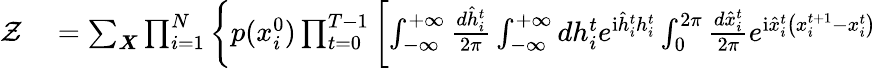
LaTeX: \begin{array}{rl}{\mathcal{Z}}&{{}=\sum_{\boldsymbol{X}}\prod_{i=1}^{N}\left\{ p(x_{i}^{0})\prod_{t=0}^{T-1}\left[\int_{-\infty}^{+\infty}\frac{d\hat{h}_{i}^{t}}{2\pi}\int_{-\infty}^{+\infty}dh_{i}^{t}e^{\mathrm{i}\hat{h}_{i}^{t}h_{i}^{t}}\int_{0}^{2\pi}\frac{d\hat{x}_{i}^{t}}{2\pi}e^{\mathrm{i}\hat{x}_{i}^{t}\left(x_{i}^{t+1}-x_{i}^{t}\right)}\right.\right.}\end{array}